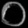
Digit: ၀